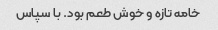
خامه تازه و خوش طعم بود. با سپاس